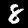
Digit: 8